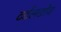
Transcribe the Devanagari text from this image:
टर्टलडोव